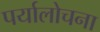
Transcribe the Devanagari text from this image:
पर्यालोचना